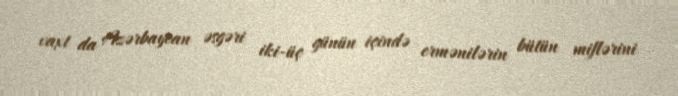
vaxt da Azərbaycan əsgəri iki-üç günün içində ermənilərin bütün miflərini